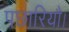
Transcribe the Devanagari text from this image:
पछारियौ।